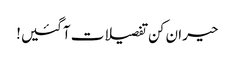
حیران کن تفصیلات آگئیں!